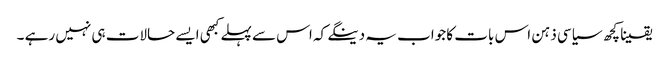
یقینا کچھ سیاسی ذہن اس بات کا جواب یہ دینگے کہ اس سے پہلے کبھی ایسے حالات ہی نہیں رہے ۔